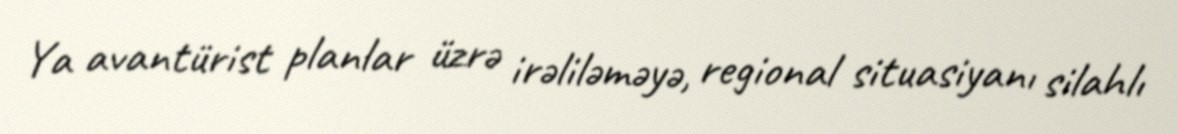
Ya avantürist planlar üzrə irəliləməyə, regional situasiyanı silahlı